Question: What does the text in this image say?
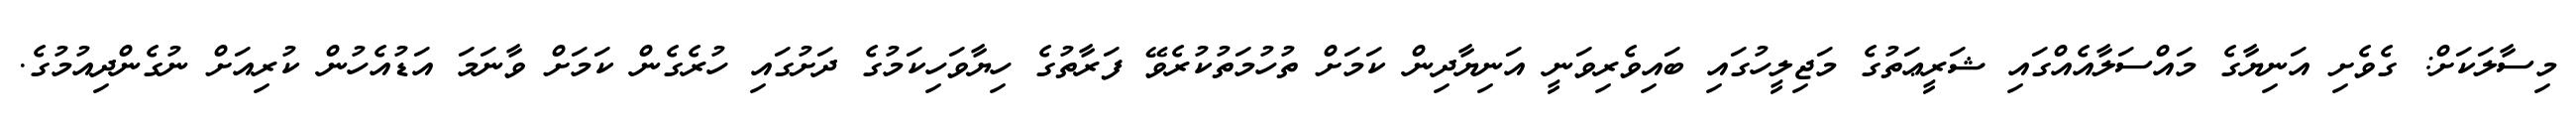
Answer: މިސާލަކަށް: ގެވެށި އަނިޔާގެ މައްސަލާއެއްގައި ޝަރީޢަތުގެ މަޖިލީހުގައި ބައިވެރިވަނީ އަނިޔާދިން ކަމަށް ތުހުމަތުކުރެވޭ ފަރާތުގެ ހިޔާވަހިކަމުގެ ދަށުގައި ހުރެގެން ކަމަށް ވާނަމަ އަޑުއެހުން ކުރިއަށް ނުގެންދިއުމުގެ.